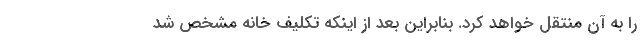
را به آن منتقل خواهد کرد. بنابراین بعد از اینکه تکلیف خانه مشخص شد